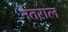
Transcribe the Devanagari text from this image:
नतराल